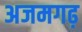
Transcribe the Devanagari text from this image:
अजमगढ़